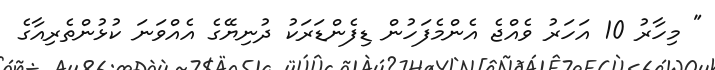
" މިހާރު 10 އަަހަރު ވެއްޖެ އެންމެފަހުން ޑިފެންޑަރަކު ދުނިޔޭގެ އެއްވަނަ ކުޅުންތެރިއާގެ